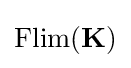
\operatorname {Flim} (\mathbf {K} )